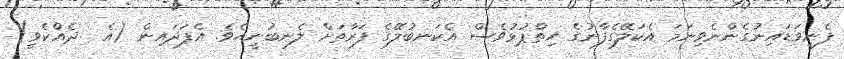
ފެނިވަޑައިނުގެންނެވިނަމަ އެކަލޭގެފާނުގެ ހިތްޕުޅުވެސް އެކަނބުލޭގެ ފަރާތަށް ލެނބުނީހެވެ. އެފަދައިން (އެ  ދެއްކެވީ)